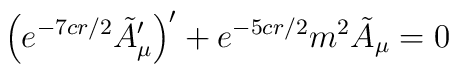
\left(e^{-7cr/2}\tilde A_\mu'\right)'+e^{-5cr/2}m^2 \tilde A_\mu=0